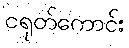
ငရုတ်ကောင်း